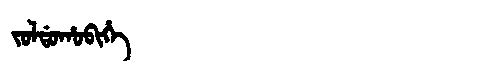
Manchu: ᠵᠣᠯᡩᠣᡥᠣᠪᡳᡥᡝ
Romanization: JOLDOHOBIHE